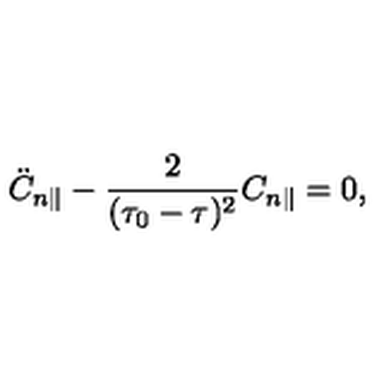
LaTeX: \ddot { C } _ { n \parallel } - \frac { 2 } { ( \tau _ { 0 } - \tau ) ^ { 2 } } C _ { n \parallel } = 0 ,